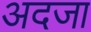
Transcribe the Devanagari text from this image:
अदजा